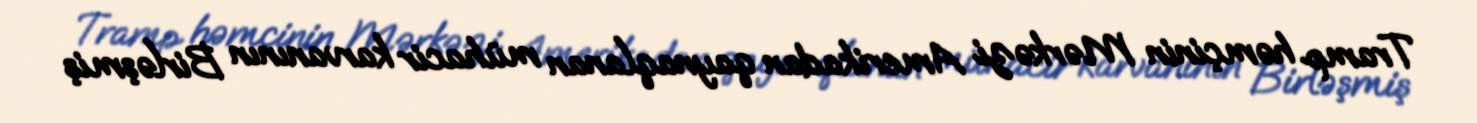
Tramp həmçinin Mərkəzi Amerikadan qaynaqlanan mühacir karvanının Birləşmiş